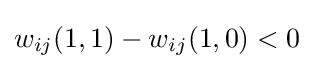
w_{ij}(1,1)-w_{ij}(1,0)<0